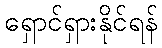
ရှောင်ရှားနိုင်ရန်